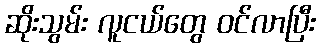
ဆိုးသွမ်း လူငယ်တွေ ဝင်လာပြီး